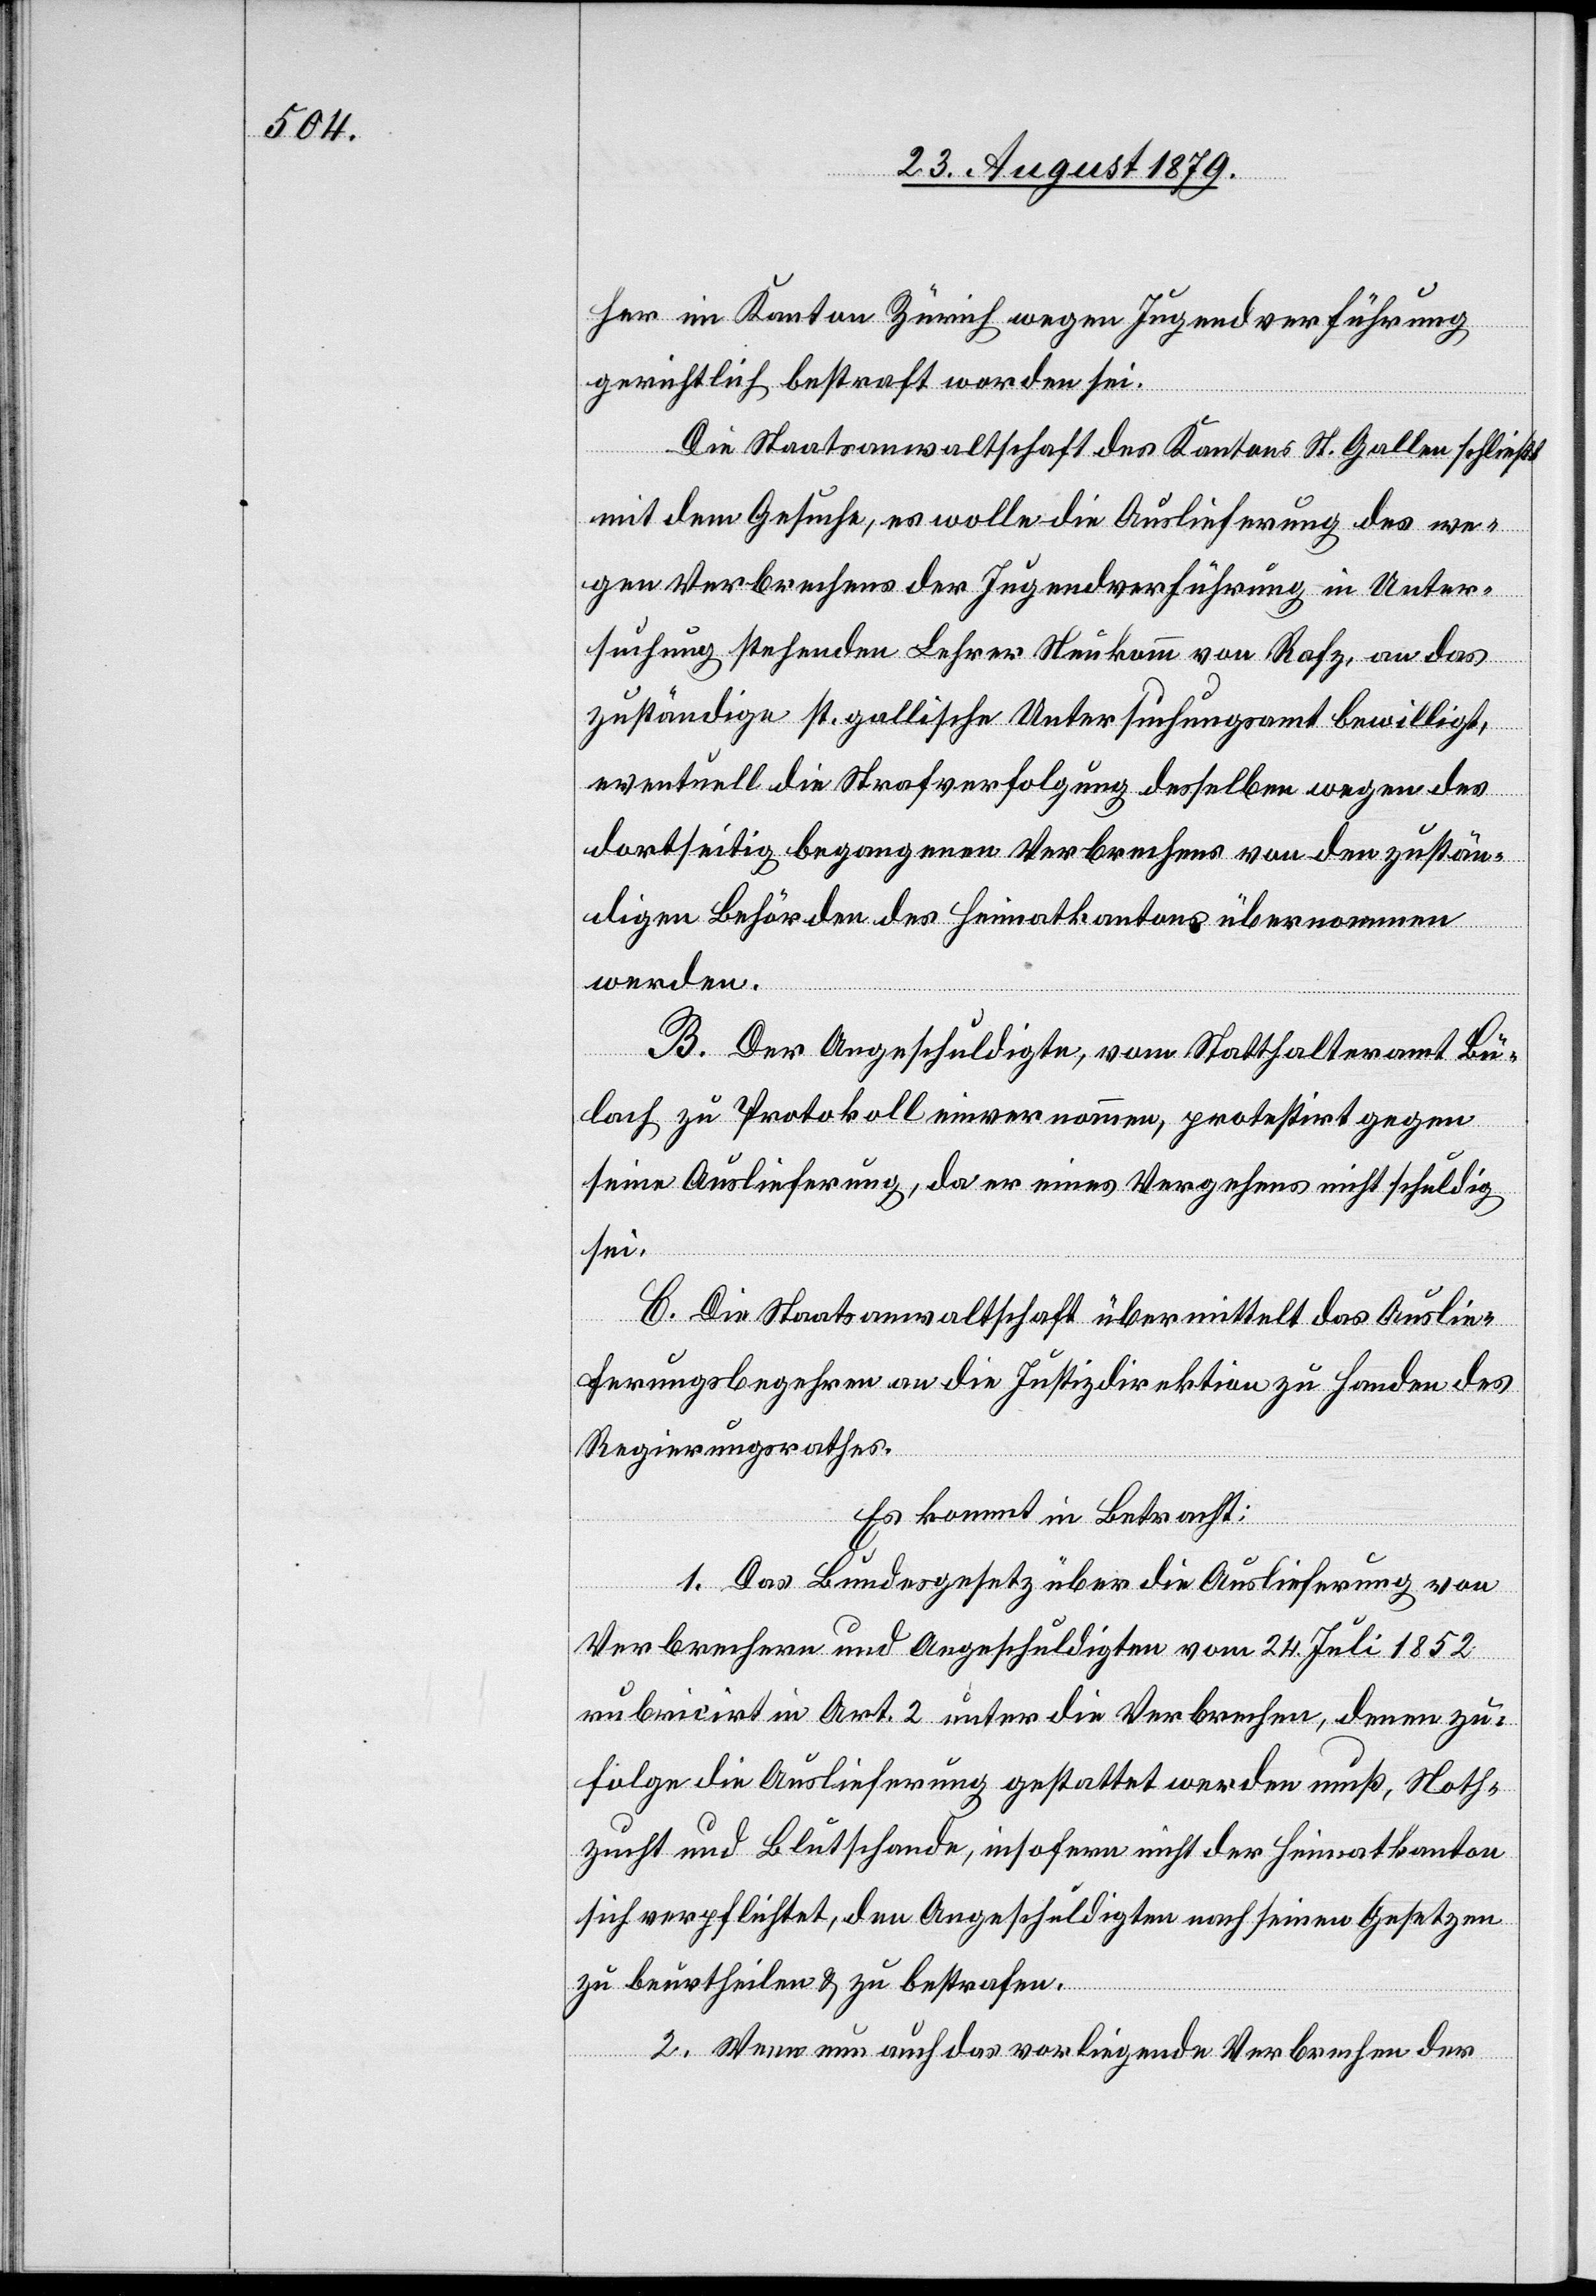
her im Kanton Zürich wegen Jugendverführung
gerichtlich bestraft worden sei.
Die Staatsanwaltschaft des Kantons St. Gallen schließt
mit dem Gesuche, es wolle die Auslieferung des we¬
gen Verbrechens der Jugendverführung in Unter¬
suchung stehenden Lehrer Neukomm von Rafz, an das
zuständige st. gallische Untersuchungsamt bewilligt,
eventuell die Strafverfolgung desselben wegen des
dortseitig begangenen Verbrechen von dem zustän¬
digen Behörden des Heimatkantons übernommen
werden.
B. Der Angeschuldigte, vom Statthalteramt Bü¬
lach zu Protokoll einvernommen, protestirt gegen
seine Auslieferung, da er eines Vergehens nicht schuldig
sei.
C. Die Staatsanwaltschaft übermittelt das Auslie¬
ferungsbegehren an die Justizdirektion zu Handen des
Regierungsrathes.
Es kommt in Betracht:
1. Das Bundesgesetz über die Auslieferung von
Verbrechern und Angeschuldigten vom 24. Juli 1852
rubricirt in Art. 2 unter die Verbrechen, denen zu¬
folge die Auslieferung gestattet werden muß, Not¬
zucht und Blutschande, insofern nicht der Heimatkanton
sich verpflichtet, den Angeschuldigten nach seinen Gesetzen
zu beurtheilen & zu betrachten.
2. Wenn nun auch das vorliegende Verbrechen der